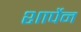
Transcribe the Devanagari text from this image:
शार्पेन